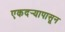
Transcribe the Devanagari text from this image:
एकदर्‍यापासून